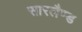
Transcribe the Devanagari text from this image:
सारलैण्ड